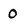
Character: 0